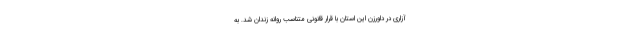
آزاری در داورزن این استان با قرار قانونی متناسب روانه زندان شد. به